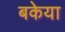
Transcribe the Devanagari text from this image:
बकेया